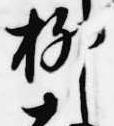
柳